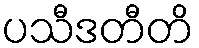
ပသီဒတီတိ